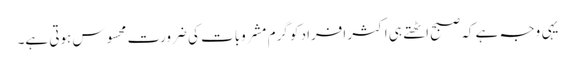
یہی وجہ ہے کہ صبح اٹھتے ہی اکثر افراد کو گرم مشروبات کی ضرورت محسوس ہوتی ہے۔